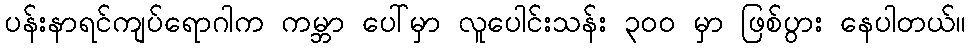
ပန်းနာရင်ကျပ်ရောဂါက ကမ္ဘာ ပေါ်မှာ လူပေါင်းသန်း ၃၀၀ မှာ ဖြစ်ပွား နေပါတယ်။